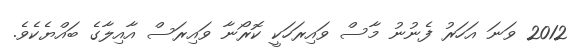
2012 ވަނަ އަހަރު ފެނުނު މާސް ވައިރަހަކީ ކޮރޯނާ ވައިރަސް އާއިލާގެ ބައްޔެކެވެ.